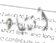
أنتباه